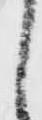
之